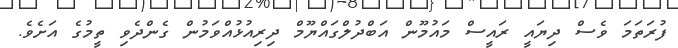
ފުރަތަމަ ވެސް ދިޔައީ ރައީސް މައުމޫން އަބްދުލްގައްޔޫމް ދިރިއުޅުއްވަމުން ގެންދެވި ތީމުގެ އަށެވެ.